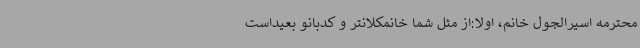
محترمه اسیرالجول خانم، اولاً:از مثل شما خانمکلانتر و کدبانو بعیداست